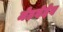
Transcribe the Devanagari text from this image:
मेडवेदेव